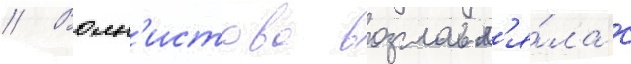
// Волн'истова возглавл'я́ла с